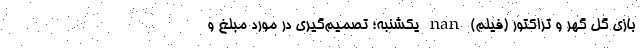
بازی گل گهر و تراکتور (فیلم) nan یکشنبه؛ تصمیم‌گیری در مورد مبلغ و